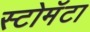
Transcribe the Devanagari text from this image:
स्टोमॅटा